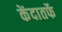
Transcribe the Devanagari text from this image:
केंदातर्फे